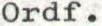
Ordf.